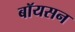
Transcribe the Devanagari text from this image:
बॉयसन